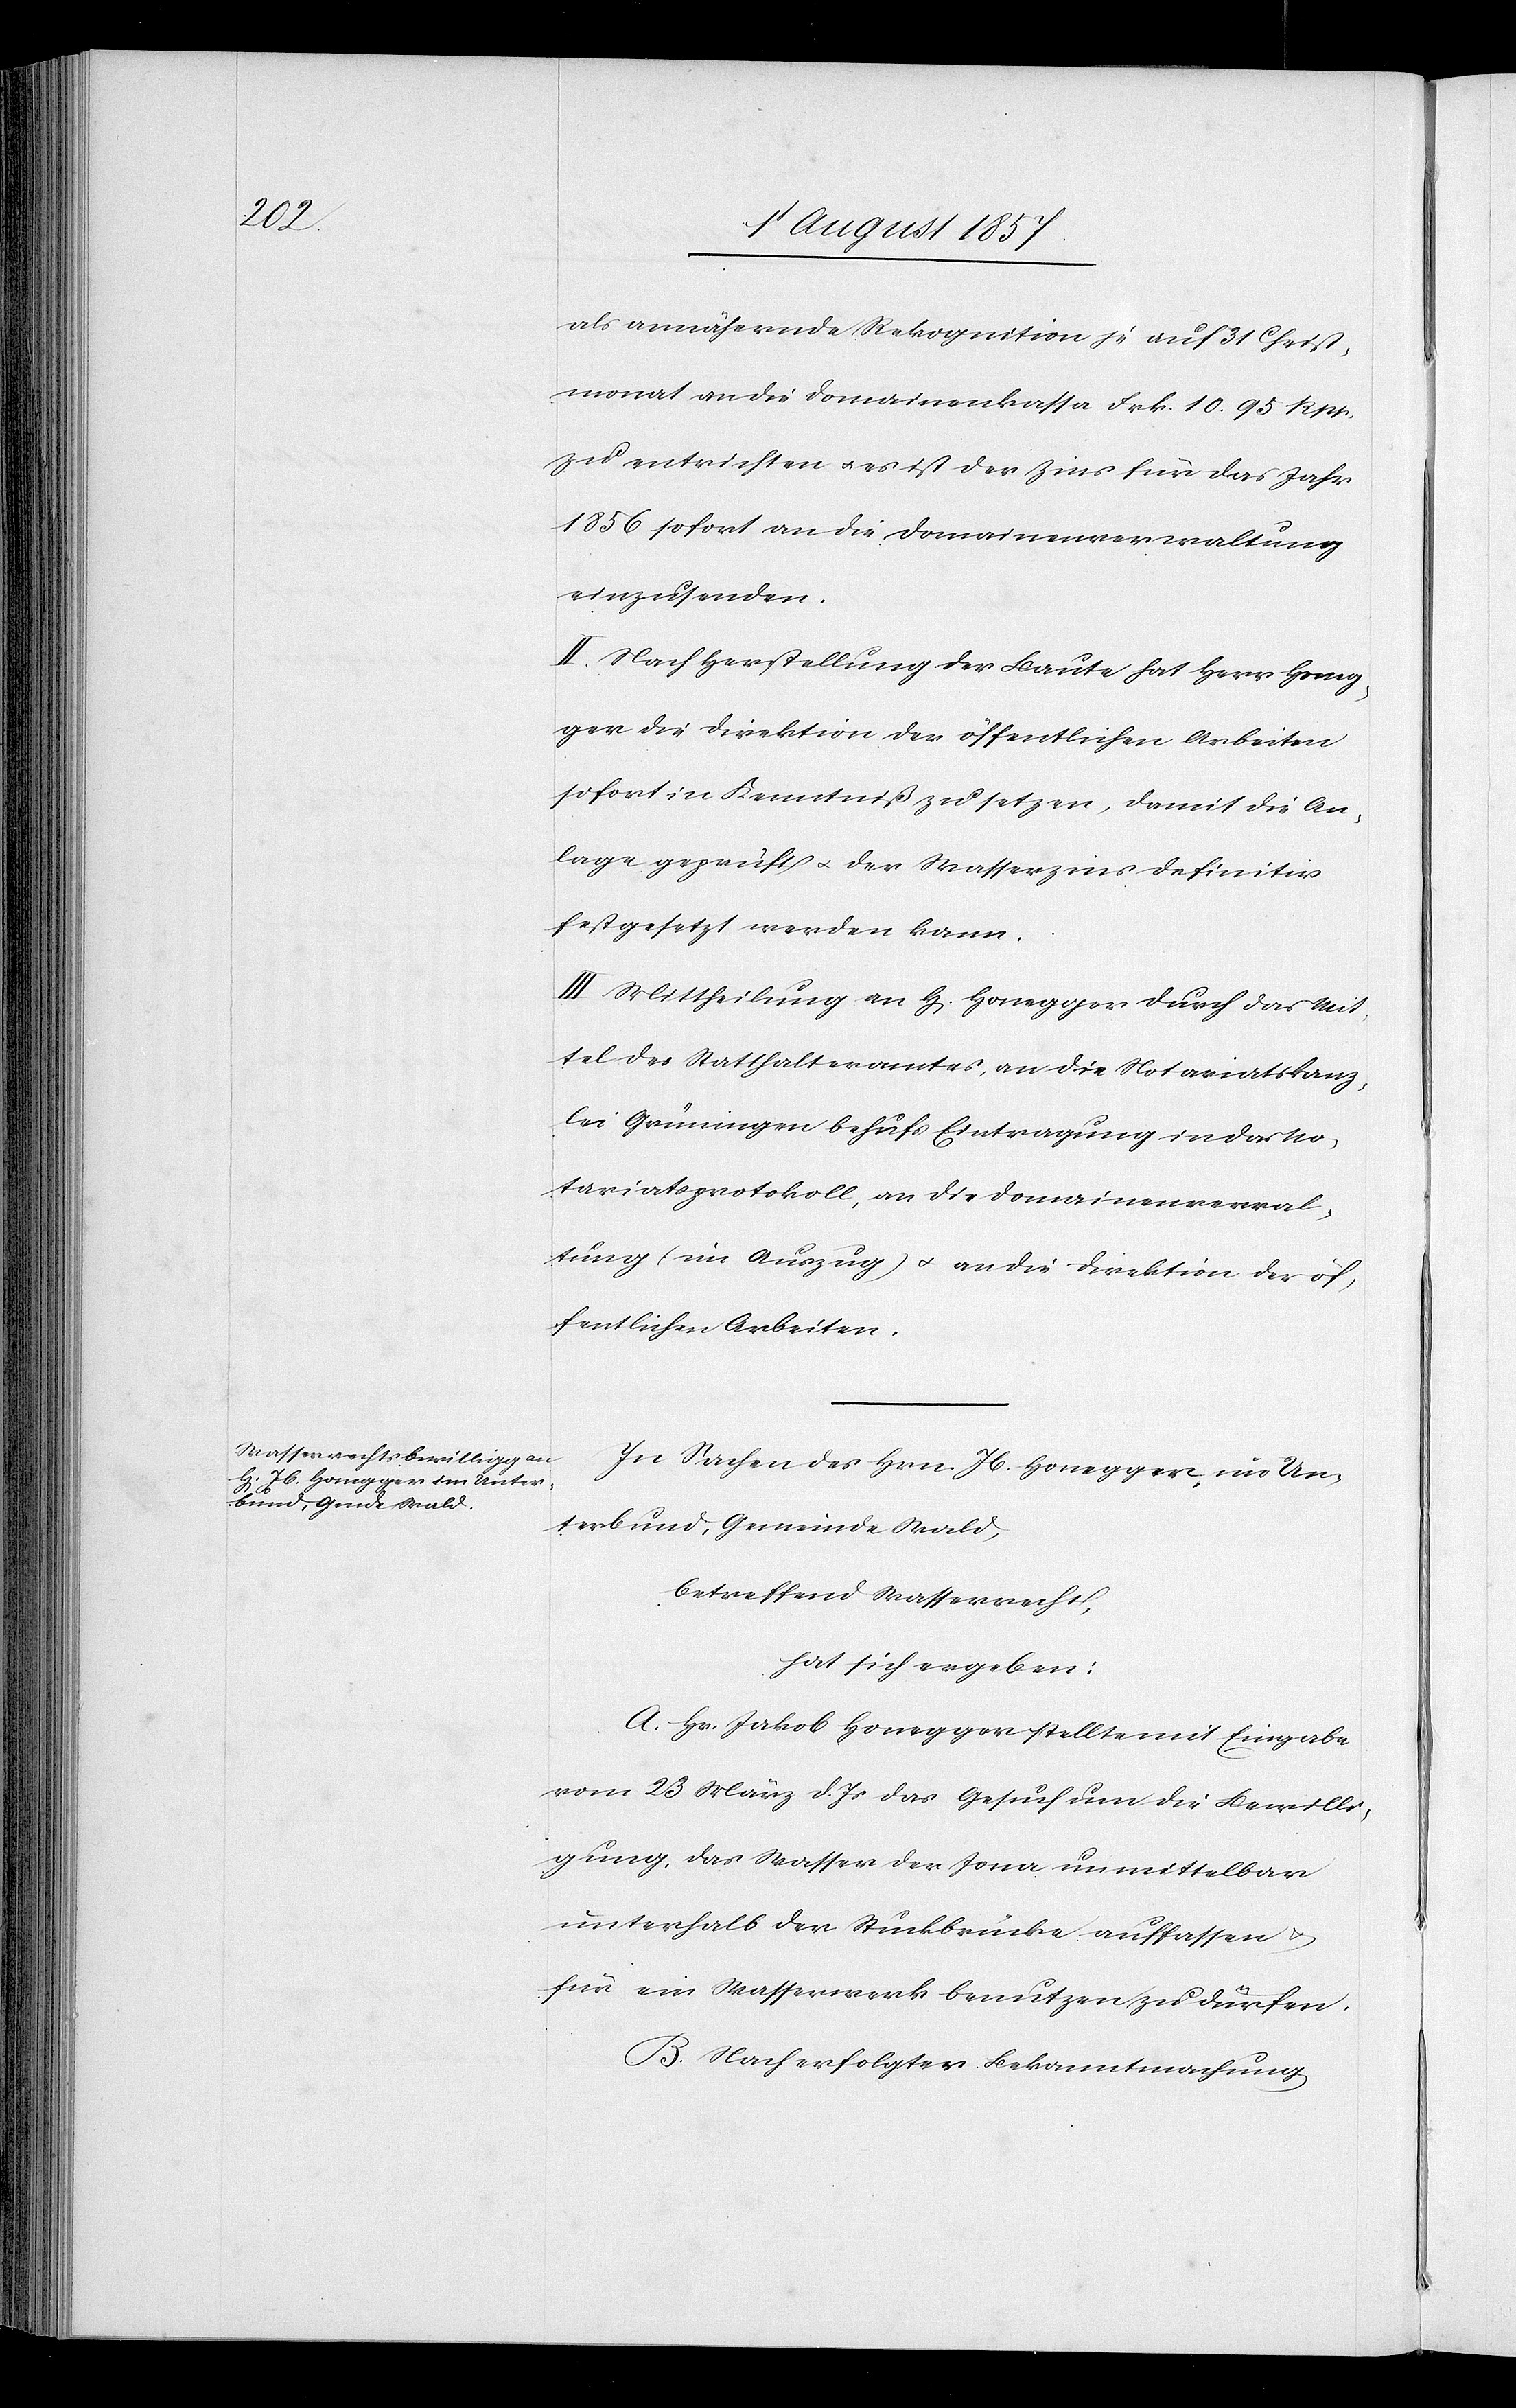
als annähernde Rekognition je auf 31 Christ¬
monat an die Domainenkassa Frk. 10. 95 Rpp.
zu entrichten & es ist der Zins für das Jahr
1856 sofort an die Domainenverwaltung
einzusenden.
II. Nach Herstellung der Baute hat Herr Honeg¬
ger die Direktion der öffentlichen Arbeiten
sofort in Kenntniß zu setzen, damit die An¬
lage geprüft & der Wasserzins definitiv
festgesetzt werden kann.
III. Mittheilung an H[errn] Honegger durch das Mit¬
tel des Statthalteramtes, an die Notariatskanz¬
lei Grüningen behufs Eintragung in das No¬
tariatsprotokoll, an die Domainenverwal¬
tung (im Auszug) & an die Direktion der öf¬
fentlichen Arbeiten.
In Sachen des Hrn. Jb. Honegger, im Un¬
terbund, Gemeinde Wald,
betreffend Wasserrecht,
hat sich ergeben:
A. Hr. Jakob Honegger stellt mit Eingabe
vom 23 März d. Js. das Gesuch um die Bewilli¬
gung, das Wasser der Jona unmittelbar
unterhalb der Stuckbrücke auffassen &
für ein Wasserwerk benutzen zu dürfen.
B. Nach erfolgter Bekanntmachung